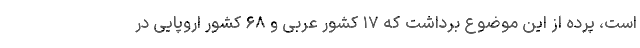
است، پرده از این موضوع برداشت که ۱۷ کشور عربی و ۶۸ کشور اروپایی در